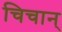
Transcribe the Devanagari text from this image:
चिचान्